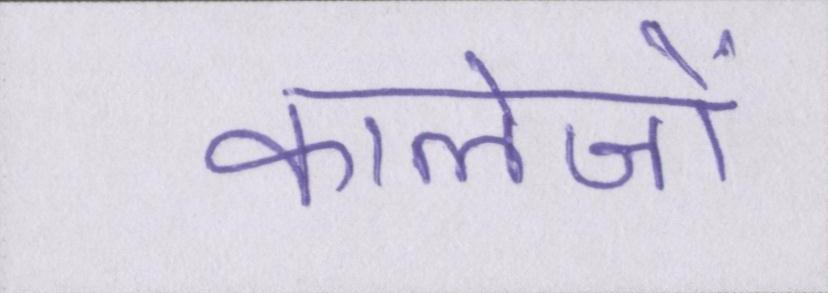
कालेजों